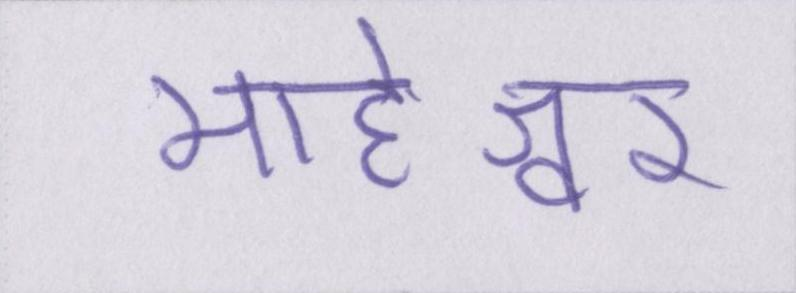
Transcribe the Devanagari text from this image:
माहेश्वर